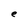
Character: e